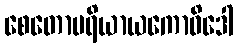
စေတောပရိယာယကောဝိဒေါ